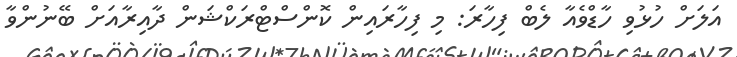
އަލަށް ހުޅުވި ހާޑްވެއާ ލެބް ފިހާރަ: މި ފިހާރައިން ކޮންސްޓްރަކްޝަން ދާއިރާއަށް ބޭނުންވާ